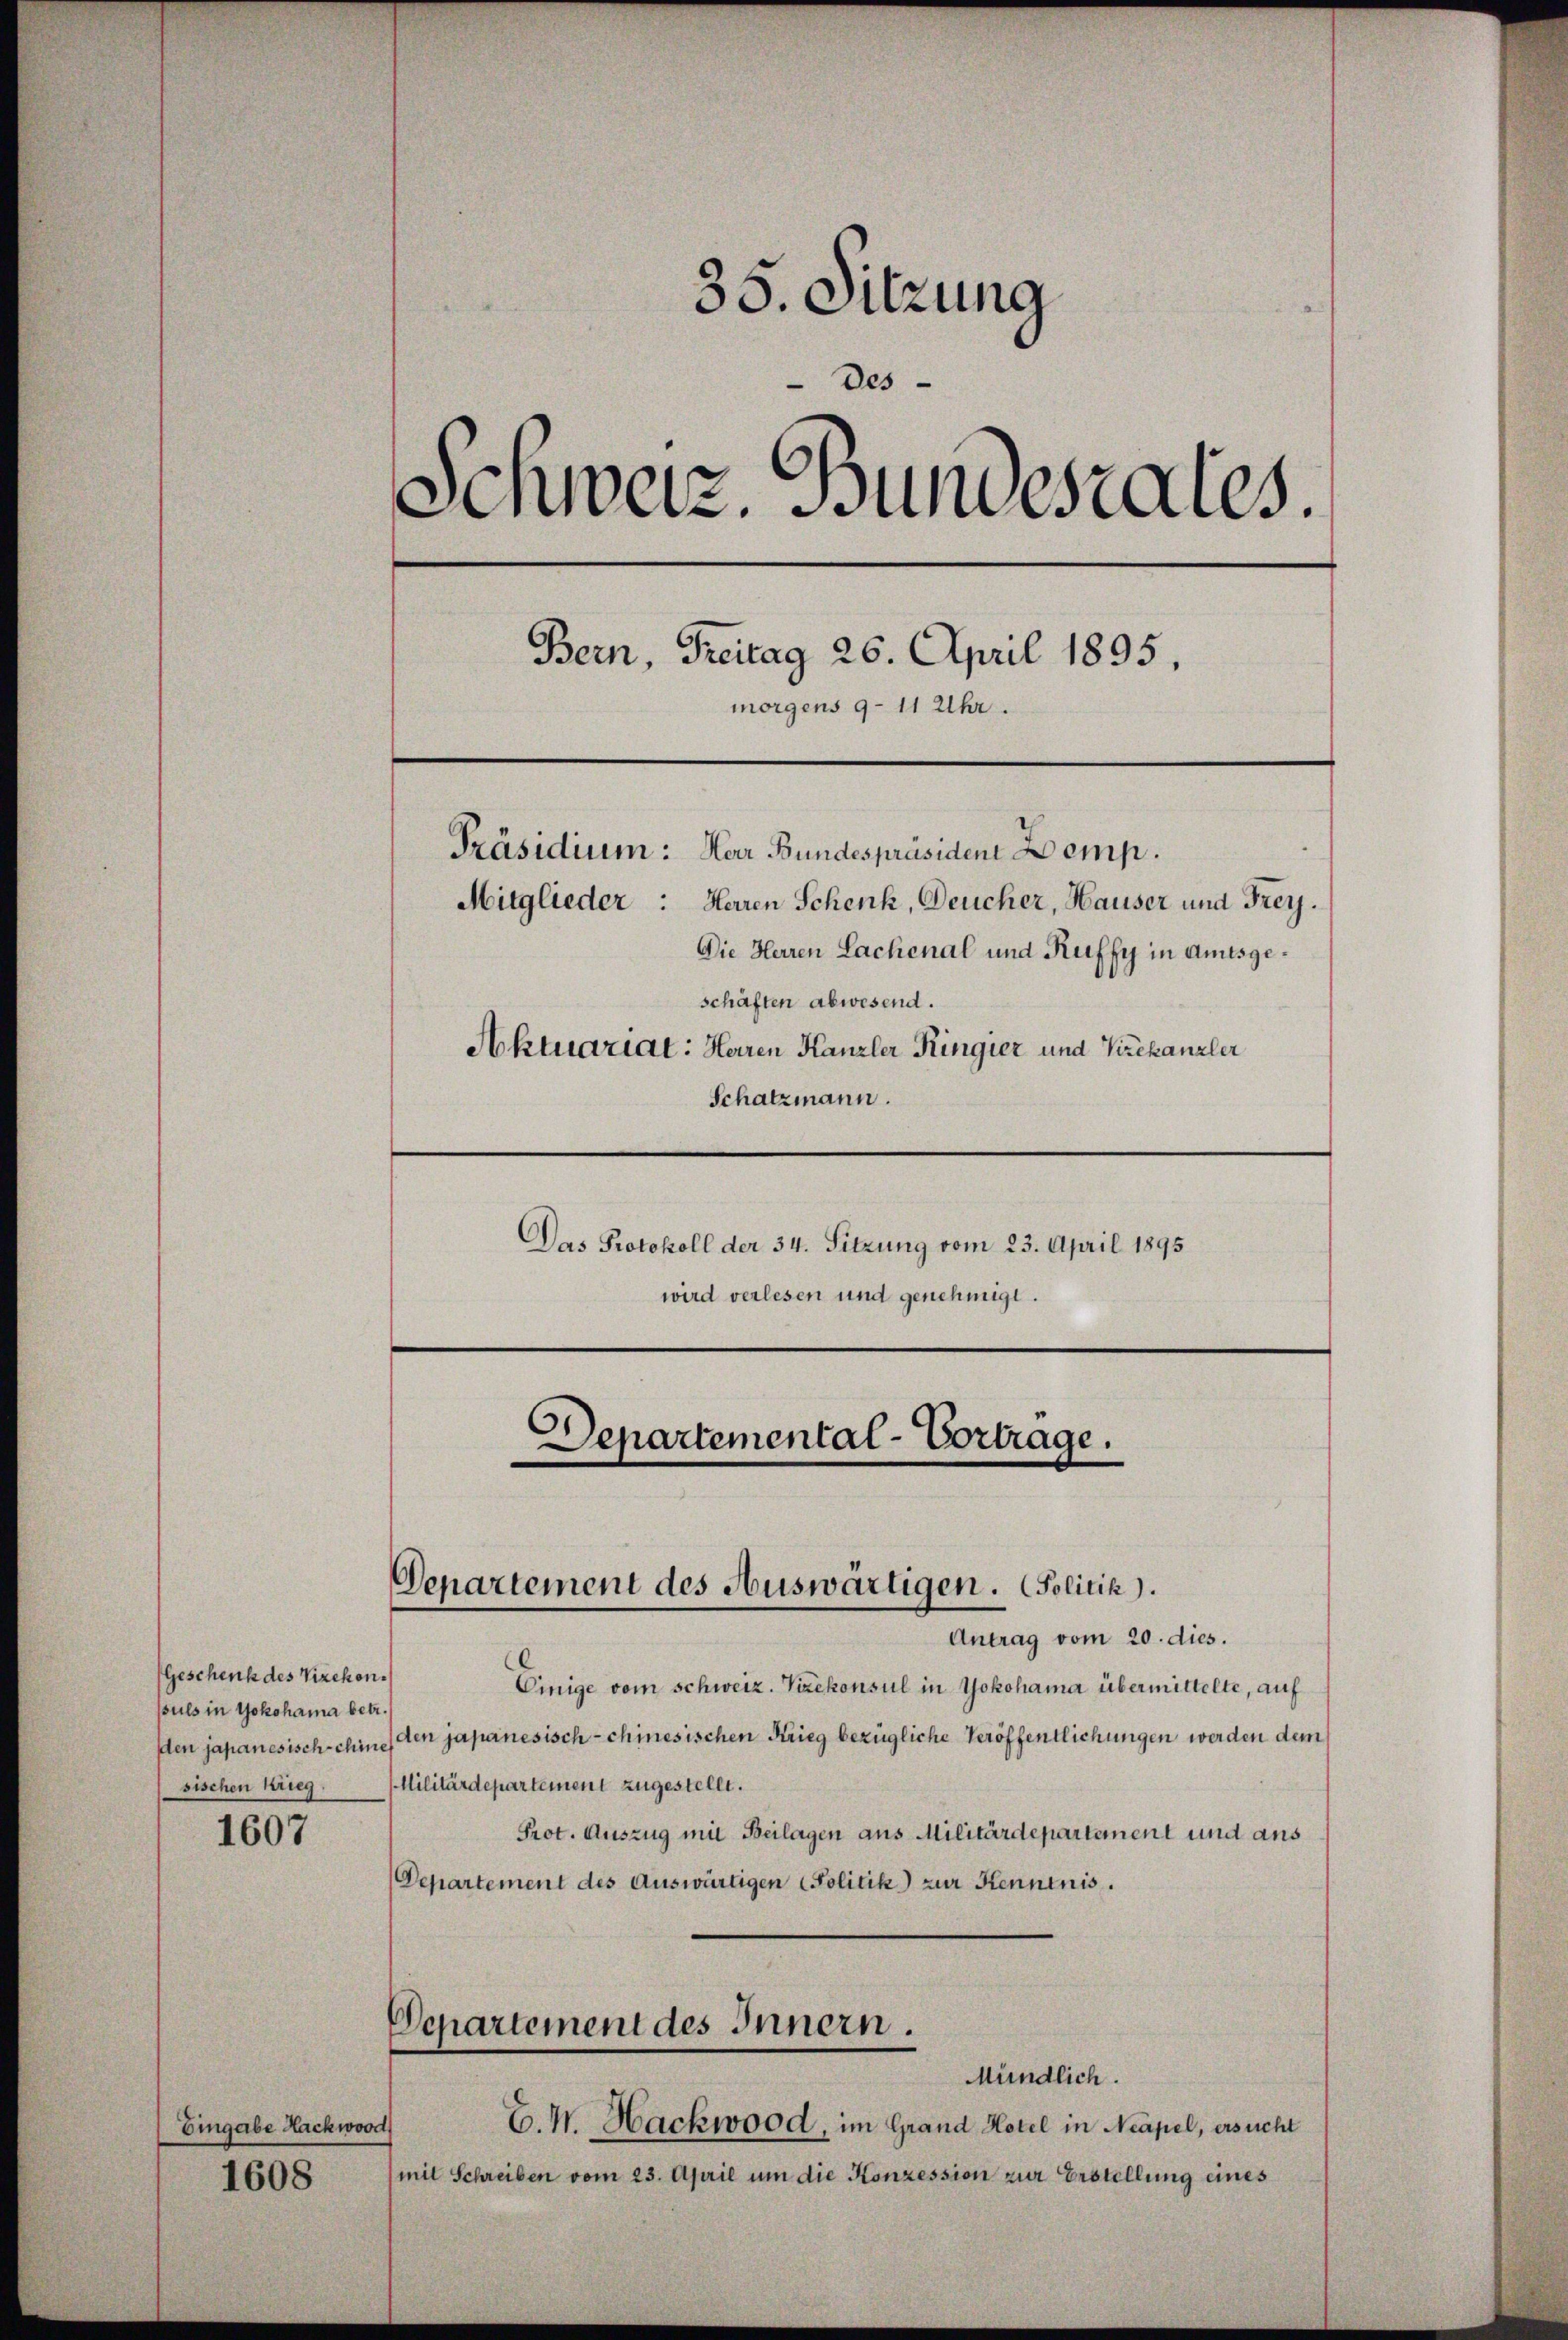
Geschenk des Vizekonpuls in Yokohama betr.
den japanesisch-chine
sischen Krieg.

1607

Eingabe Hackwoo

1608

35. Sitzung
des
Schweiz. Bundesrates.
Bern, Treitag 26. April 1895.
morgens 9-11 Uhr.
Präsidium: Herr Bundespräsident Demp.
Mitglieder: Herren Schenk, Deucher, Hauser und Frey.
Die Herren Lachenal und Ruffy in Amtsgeschäften abwesend.
Aktuariat: Herren Kanzler Ringier und Vizekanzler
Schatzmann.

Das Protokoll der 34. Sitzung vom 23. April 1895
wird verlesen und genehmigt.

Departemental-Vortrage.
Departement des Auswärtigen. Politik).

Antrag vom 20. dies.
Einige vom schweiz. Vizekonsul in Yokohama übermittelte, auf
den japanesisch-chinesischen Krieg bezügliche Veröffentlichungen werden dem
Militärdepartement zugestellt.
Prot. Auszug mit Beilagen aus Militärdepartement und aus
Departement des Auswärtigen Politik) zur Kenntnis.
Departement des Innern.
Mündlich.
E. H. Hackwood, im Grand Hotel in Neapel, ersucht
(mit Schreiben vom 23. April um die Konzession zur Erstellung eines